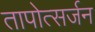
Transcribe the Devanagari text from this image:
तापोत्सर्जन